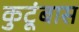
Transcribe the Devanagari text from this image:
कुटूंबास